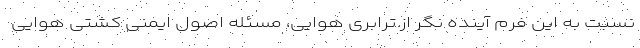
نسبت به این فرم آینده نگر از ترابری هوایی، مسئله اصول ایمنی کشتی هوایی